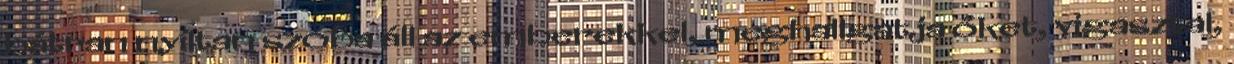
bátran nyíltan szóba áll az emberekkel, meghallgatja őket, vigasztal,